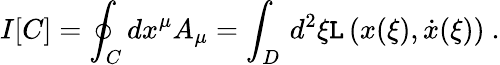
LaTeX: I[C]=\oint_{C}dx^{\mu}A_{\mu}=\int_{D}\, d^{2}{\xi}\mathtt{L}\left(x({\xi}),\dot{{x}}({\xi})\right)\ .